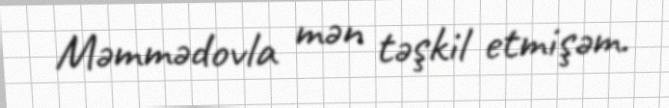
Məmmədovla mən təşkil etmişəm.